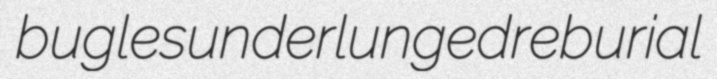
bugles underlunged reburial